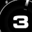
Digit: 3